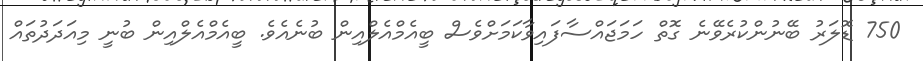
750 ޑޮލަރު ބޭނުންކުރެވޭނެ ގޮތް ހަމަޖައްސާފައިވާކަމަށްވެސް ބީއެމްއެލްއިން ބުނެއެވެ. ބީއެމްއެލްއިން ބުނީ މިއަދަދުތައް